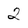
Character: 2